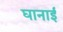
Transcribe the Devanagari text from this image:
घानाई